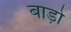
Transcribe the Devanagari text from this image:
बाड़ो